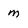
Character: m